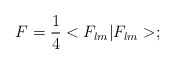
\begin{align*}F = \frac{1}{4} <F_{lm}|F_{lm}>;\end{align*}